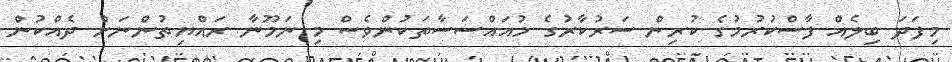
މިފަދަ ބިލެއް ފާސްކުރުމުގެ ކުރިން ސަރުކާރުގެ މުއައްސަސާތަކުންވެސް މި ނަމޫނާ ރައްޔިތުންނަށް ދެއްކުން